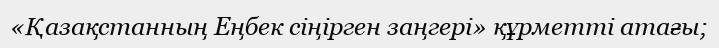
«Қазақстанның Еңбек сіңірген заңгері» құрметті атағы;